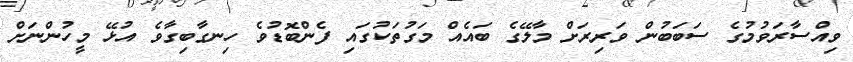
ވިއްސާރަވުމުގެ ސަބަބުން ވަރިރަށް މާލޭގެ ބައެއް މަގުތަކުގައި ފެންބޮޑުވެ ހިނގާބިގާވެ އުޅޭ މީހުންނަށް